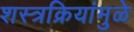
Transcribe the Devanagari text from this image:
शस्त्रक्रियांमुळे